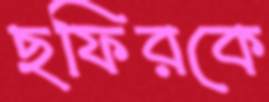
ছফিরকে